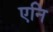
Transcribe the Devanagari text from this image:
एनि